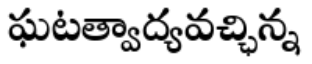
ఘటత్వాద్యవచ్ఛిన్న